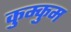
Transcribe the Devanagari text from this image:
कुम्कुम